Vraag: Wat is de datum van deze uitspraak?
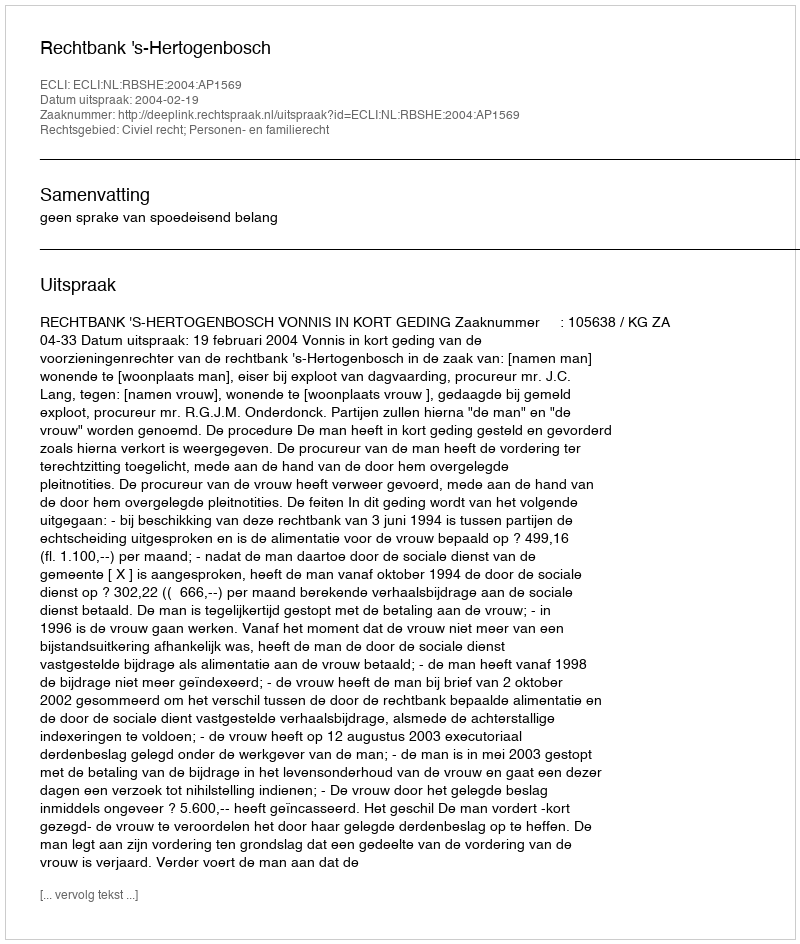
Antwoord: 2004-02-19